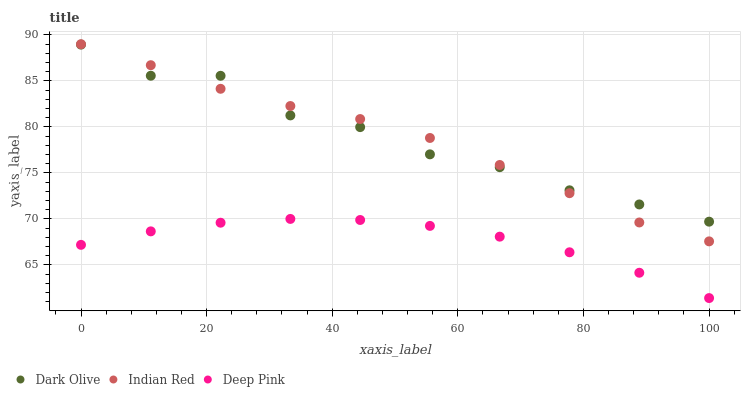
| xaxis_label | Dark Olive | Indian Red | Deep Pink |
 | --- | --- | --- | --- |
 | 0 | 89 | 89 | 67.2 |
 | 11.1 | 85.6 | 86.7 | 68.7 |
 | 22.2 | 85.6 | 84.2 | 69.6 |
 | 33.3 | 81.3 | 82.3 | 70 |
 | 44.4 | 80 | 80.9 | 69.9 |
 | 55.6 | 77 | 78.8 | 69.2 |
 | 66.7 | 75.6 | 75.9 | 68.1 |
 | 77.8 | 73.1 | 72.8 | 66.4 |
 | 88.9 | 71.6 | 69.6 | 64.2 |
 | 100 | 69.7 | 67.6 | 61.4 |